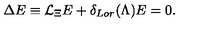
\Delta E \equiv { \cal L } _ { \Xi } E + \delta _ { L o r } ( \Lambda ) E = 0 .